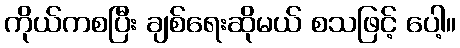
ကိုယ်ကစပြီး ချစ်ရေးဆိုမယ် စသဖြင့် ပေါ့။